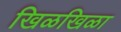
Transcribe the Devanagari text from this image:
खिळखिळा